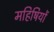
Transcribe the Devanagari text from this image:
महिषियों